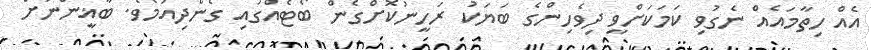
އެއް ހިތާމައެއް ނެގުވި ކަމަކަށްވީ ދިވެހިންގެ ބަޔަކު ރަހީނުކޮށްގެން ބޯޓެއްގައި ގެންދިއުމެވެ. ބާޣީންނަށް